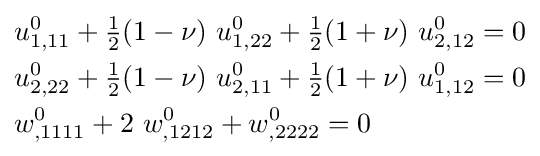
{\begin{aligned}&u_{1,11}^{0}+{\tfrac {1}{2}}(1-\nu )~u_{1,22}^{0}+{\tfrac {1}{2}}(1+\nu )~u_{2,12}^{0}=0\\&u_{2,22}^{0}+{\tfrac {1}{2}}(1-\nu )~u_{2,11}^{0}+{\tfrac {1}{2}}(1+\nu )~u_{1,12}^{0}=0\\&w_{,1111}^{0}+2~w_{,1212}^{0}+w_{,2222}^{0}=0\end{aligned}}